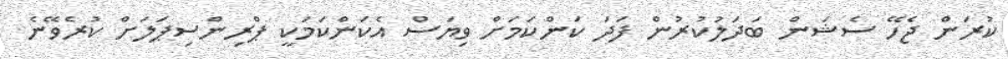
ކުރަން ޖެހޭ ސެޝަން ބަދަލުކުރުން ފަދަ ކަންކަމަށް ވިޔަސް އެކަންކަމަކީ ޕްރިންސިޕަލަށް ކުރެވޭނެ